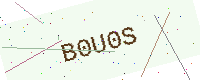
Text: B0U0S